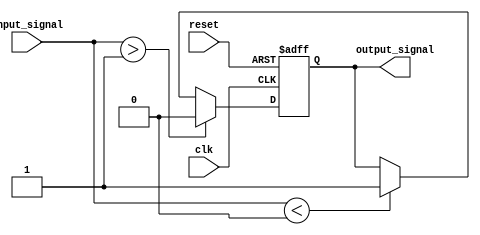
module Schmitt_trigger_inverter (
    input wire clk,
    input wire reset,
    input wire input_signal,
    output wire output_signal
);

parameter HIGH_THRESHOLD = 1'b1;	// adjustable high trip point
parameter LOW_THRESHOLD = 1'b0;	// adjustable low trip point

reg output_reg;
reg output_reg_next;

always @ (posedge clk or posedge reset) begin
    if (reset) begin
        output_reg <= 1'b0;
    end else begin
        output_reg <= output_reg_next;
    end
end

always @ (*) begin
    if (input_signal > HIGH_THRESHOLD) begin
        output_reg_next = 1'b0;
    end else if (input_signal < LOW_THRESHOLD) begin
        output_reg_next = 1'b1;
    end else begin
        output_reg_next = output_reg;
    end
end

assign output_signal = output_reg;

endmodule